Vaccination report Assam 1896-1927 - 1896-1927
Year: 1896
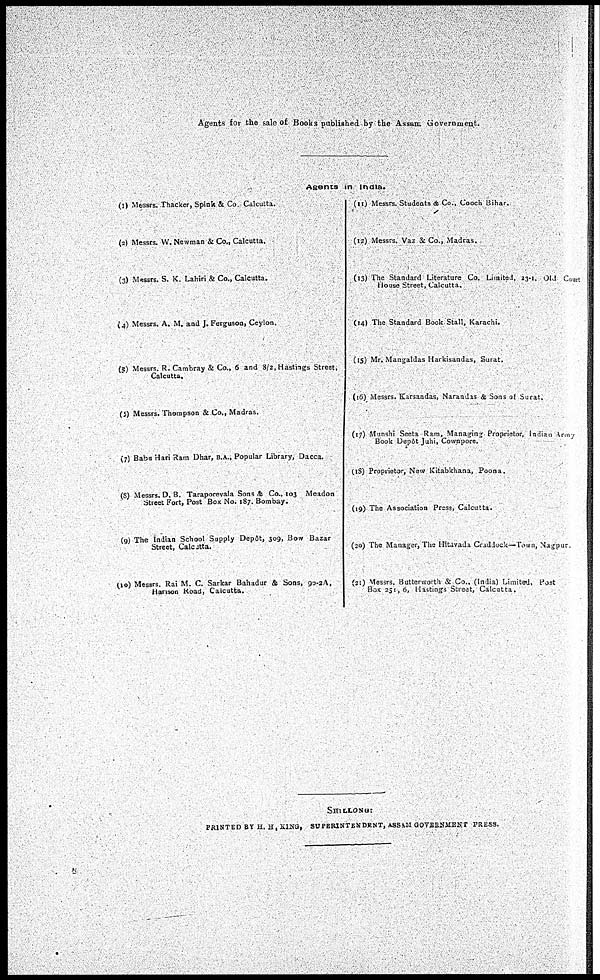
Agents for the sale of Books published by the Assam Government.
Agents in India.
(1) Messrs. Thacker, Spink & Co Calcutta.
(2) Messrs. W. Newman & Co., Calcutta.
(3) Messrs. S. K. Lahiri & Co., Calcutta.
(4) Messrs. A. M. and J. Ferguson, Ceylon.
(5) Messrs. R. Cambray & Co., 6 and 8/2, Hastings Street,
Calcutta.
(6) Messrs. Thompson & Co., Madras.
(7) Babu Hari Ram Dhar, B.A., Popular Library, Dacca.
(8) Messrs. D. B. Taraporevala Sons & Co., 103 Meadon
Street Fort, Post Box No. 187. Bombay.
(9) The Indian School Supply Depôt, 309, Bow Bazar
Street, Calcutta.
(10) Messrs. Rai M. C. Sarkar Bahadur & Sons, 90-2A,
Harison Road, Calcutta.
(11) Messrs. Students & Co., Cooch Bihar.
(12) Messrs. Vaz & Co., Madras.
(13) The Standard Literature Co. Limited, 23-1, Old Court
House Street, Calcutta.
(14) The Standard Book Stall, Karachi.
(15) Mr. Mangaldas Harkisandas, Surat.
(16) Messrs. Karsandas, Narandas & Soas of Surat.
(17) Munshi Seeta Ram, Managing Proprietor, Indian Army
Boole Depot Juhi, Cownpore.
(18) Proprietor, New Kitabkhana, Poona.
(19) The Association Press, Calcutta.
(20) The Manager, The Hitavada Craddock—IV.vu, Nagpur.
(21) Messrs. Butterworth & Co., (India) Limited. Post
BOX 251,6, Hastings Street, Calcutta.
SHILLONG:
PRINTED BY H.H, KING, SUPERINTENDENT, ASSAM GOVERNMENT
PRESS.